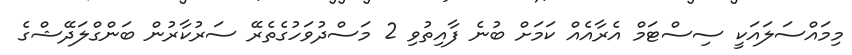
މިމައްސަލައަކީ ސިސްޓަމް އެރާއެއް ކަމަށް ބުނެ ފާއިތުވި 2 މަސްދުވަހުގެތެރޭ ސަރުކާރުން ބަންގްލަދޭޝްގެ